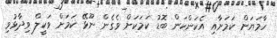
ހާމަޔަށް ކަމަށާއި އެކަންކަން ބޮޑު ކަމަކަށް ވެގެން ނޫޅޭ ކަމަށް ވަކީލް ވިދާޅުވި